[Report on the health of British troops in the Madras command]
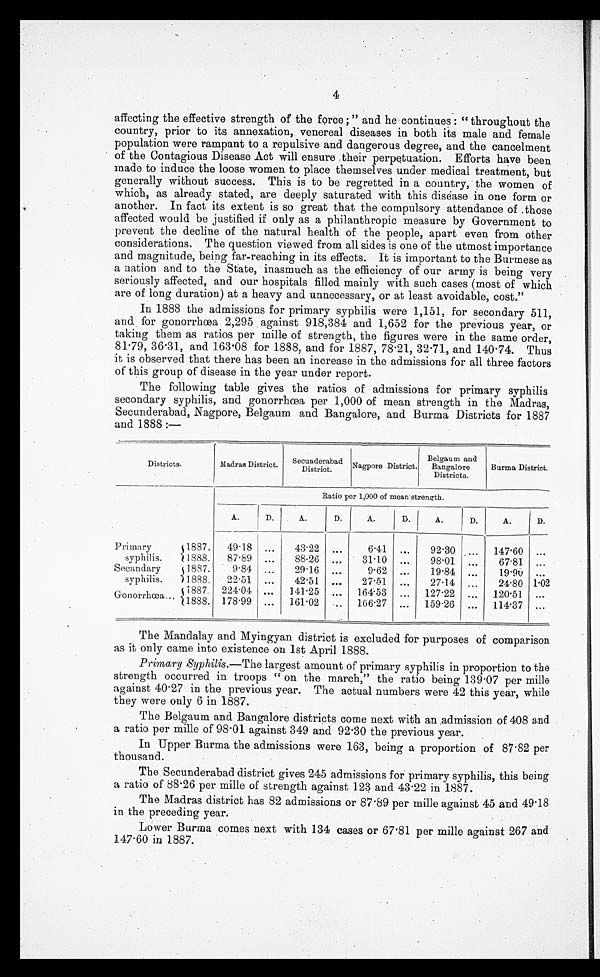
4
affecting the effective strength of the force ;" and he continues : " throughout the
country, prior to its annexation, venereal diseases in both its male and female
population were rampant to a repulsive and dangerous degree, and the cancelment
of the Contagious Disease Act will ensure their perpetuation. Efforts have been
made to induce the loose women to place themselves under medical treatment, but
generally without success. This is to be regretted in a country, the women of
which, as already stated, are deeply saturated with this disease in one form or
another. In fact its extent is so great that the compulsory attendance of those
affected would be justified if only as a philanthropic measure by Government to
prevent the decline of the natural health of the people, apart even from other
considerations. The question viewed from all sides is one of the utmost importance
and magnitude, being far-reaching in its effects. It is important to the Burmese as
a nation and to the State, inasmuch as the efficiency of our army is being very
seriously affected, and our hospitals filled mainly with such cases (most of which
are of long duration) at a heavy and unnecessary, or at least avoidable, cost."
In 1888 the admissions for primary syphilis were 1,151, for secondary 511,
and, for gonorrhœa 2,295 against 918,384 and 1,652 for the previous year, or
taking them as ratios per mille of strength, the figures were in the same order,
81.79, 36.31, and 163.08 for 1888, and for 1887, 78.21, 32.71, and 140.74. Thus
it is observed that there has been an increase in the admissions for all three factors
of this group of disease in the year under report.
The following table gives the ratios of admissions for primary syphilis
secondary syphilis, and gonorrhœa per 1,000 of mean strength in the Madras,
Secunderabad, Nagpore, Belgaum and Bangalore, and Burma Districts for 1887
and 1888 :—
Districts.
Madras District.
Secunderabad
District.
Nagpore District.
Belgaum and
Bangalore
Districts.
Burma District.
Ratio per 1,000 of mean strength.
A.
D.
A.
D.
A.
D.
A.
D.
A.
D.
Primary
syphilis.
1887.
49.18 ...
43 . 22 ...
6.41 ...
92.30
147.60 ...
1888.
87 . 89 ...
88 . 26 ...
31.10
...
98.01 ...
67.81 ...
Secandary
syphilis.
1887.
9 . 8 4 ...
29.16 ...
9.62 ...
19.84 ...
19'9U ...
1888.
22 . 51 ...
42.51 ...
27 . 51 ...
27.14 ...
24.80 1.02
Gonorrhœa...
1887. 224. 04 ...
141 . 25 ... 164. 53 ... 127 . 22 ..
1 2 0 . 5 1
...
1888. 178 . 99 ... 161 . 02
166.27 ...
159 . 26 ...
1 1 4 . 3 7 ...
The Mandalay and Myingyan district is excluded for purposes of comparison
as it only came into existence on 1st April 1888.
Primary Syphilis.—The largest amount of primary syphilis in proportion to the
strength occurred in troops " on the march," the ratio being 139.07 per mille
against 40.27 in the previous year. The actual numbers were 42 this year, while
they were only 6 in 1887.
The Belgaum and Bangalore districts come next with an admission of 408 and
a ratio per mille of 98.01 against 349 and 92.30 the previous year.
In Upper Burma the admissions were 163, being a proportion of 87.82 per
thousand.
The Secunderabad district gives 245 admissions for primary syphilis, this being
a ratio of 88.26 per mile of strength against 123 and 43.22 in 1887.
The Madras district has 82 admissions or 87.89 per mille against 45 and 49.18
in the preceding year.
Lower Burma comes next with 134 cases or 67.81 per mille against 267 and
147.60 in 1887.